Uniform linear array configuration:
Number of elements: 64
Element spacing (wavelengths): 1
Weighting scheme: blackman
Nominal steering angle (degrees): -60
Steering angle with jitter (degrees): -60.329
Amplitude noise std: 0.05
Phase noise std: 0.05

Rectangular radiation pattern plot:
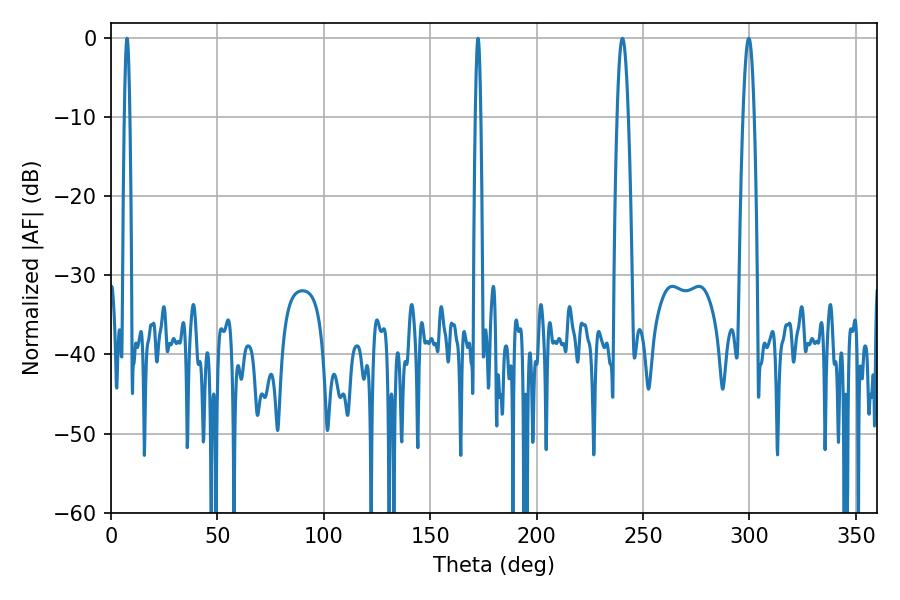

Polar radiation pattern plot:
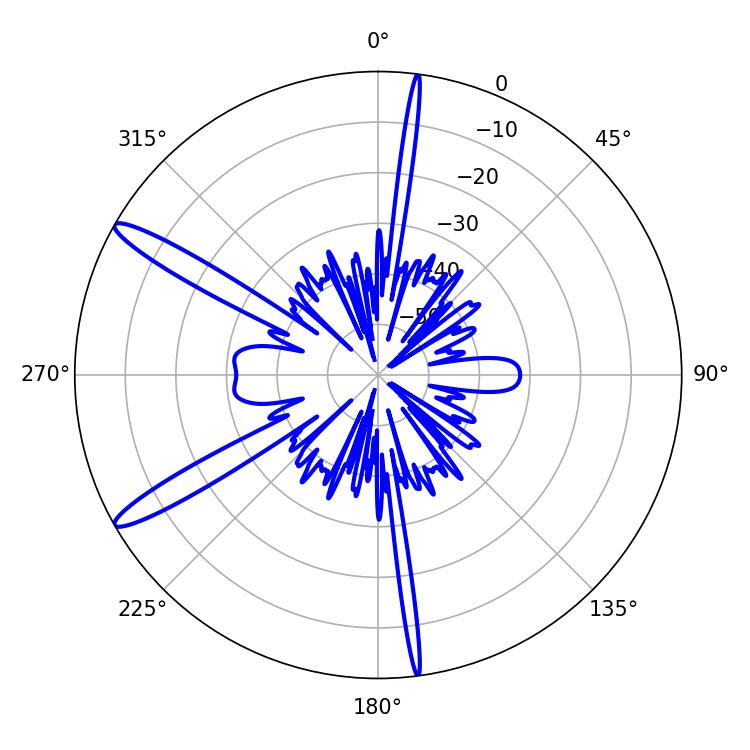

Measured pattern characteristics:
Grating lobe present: TRUE
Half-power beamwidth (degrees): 2.88
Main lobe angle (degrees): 240.3